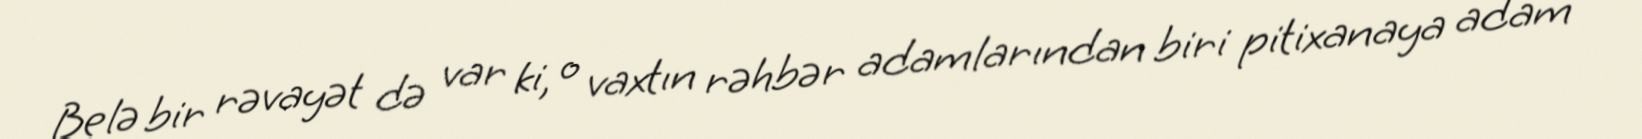
Belə bir rəvayət də var ki, o vaxtın rəhbər adamlarından biri pitixanaya adam